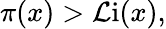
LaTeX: \pi(x)>\operatorname{\mathcal{L}i}(x),